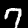
Digit: 7